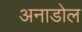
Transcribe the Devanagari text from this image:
अनाडोल